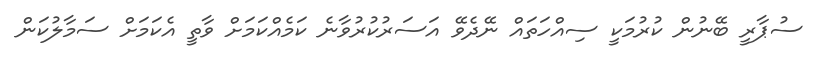
ސުޕާރީ ބޭނުން ކުރުމަކީ ސިއްހަތައް ނޭދެވޭ އަސަރުކުރުވާނެ ކަމެއްކަމަށް ވާތީ އެކަމަށް ސަމާލުކަން